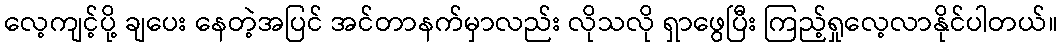
လေ့ကျင့်ပို့ ချပေး နေတဲ့အပြင် အင်တာနက်မှာလည်း လိုသလို ရှာဖွေပြီး ကြည့်ရှုလေ့လာနိုင်ပါတယ်။